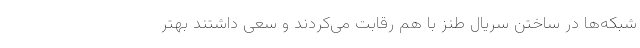
شبکه‌ها در ساختن سریال طنز با هم رقابت می‌کردند و سعی داشتند بهتر